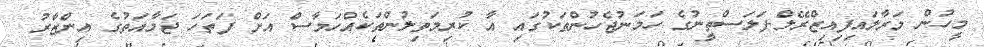
މީހުން މަރާލައިފިއިޒްރޭލް-ފަލަސްތީނުގެ ހަމަނުޖެހުންތަކުގައި އާ ކުރިމަތިލުންތަކެއްހަމާސް އަށް ފަތަހަ ޖަމާއަތުގެ އިންޒާރު